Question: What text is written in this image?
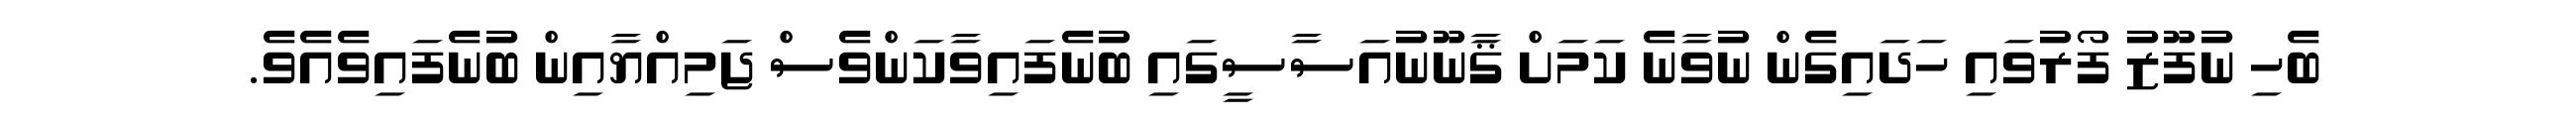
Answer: ބެހި ނުފޫޒު ފޯރުވައި ހަދައިގެން ނުވާނެ ކަމަށް ޤާނޫނުއަސާސީގައި ބުނެފައިވާކަންވެސް ޖަމިއްޔާއިން ބުނެފައިވެއެވެ.